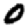
Digit: 0